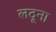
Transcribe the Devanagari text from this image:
लदूना